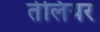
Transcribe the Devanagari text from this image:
तेलियर